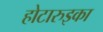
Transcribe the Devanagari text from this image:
होटारुइका